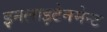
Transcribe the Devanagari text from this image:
इनलाइटेनमेन्ट